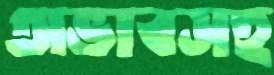
অভাবসহ